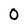
Character: 0